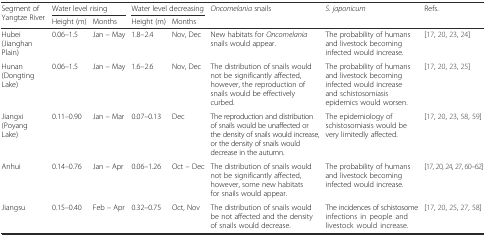
<table><thead><tr><td rowspan="2"><b>Segment of Yangtze River</b></td><td colspan="2"><b>Water level rising</b></td><td colspan="2"><b>Water level decreasing</b></td><td rowspan="2"><b><i>Oncomelania</i> snails</b></td><td rowspan="2"><b><i>S. japonicum</i></b></td><td rowspan="2"><b>Refs.</b></td></tr><tr><td><b>Height (m)</b></td><td><b>Months</b></td><td><b>Height (m)</b></td><td><b>Months</b></td></tr></thead><tbody><tr><td>Hubei (Jianghan Plain)</td><td>0.06–1.5</td><td>Jan – May</td><td>1.8–2.4</td><td>Nov, Dec</td><td>New habitats for <i>Oncomelania</i> snails would appear.</td><td>The probability of humans and livestock becoming infected would increase.</td><td>[17, 20, 23, 24]</td></tr><tr><td>Hunan (Dongting Lake)</td><td>0.06–1.5</td><td>Jan – May</td><td>1.6–2.6</td><td>Nov, Dec</td><td>The distribution of snails would not be significantly affected, however, the reproduction of snails would be effectively curbed.</td><td>The probability of humans and livestock becoming infected would increase and schistosomiasis epidemics would worsen.</td><td>[17, 20, 23, 25]</td></tr><tr><td>Jiangxi (Poyang Lake)</td><td>0.11–0.90</td><td>Jan – Mar</td><td>0.07–0.13</td><td>Dec</td><td>The reproduction and distribution of snails would be unaffected or the density of snails would increase, or the density of snails would decrease in the autumn.</td><td>The epidemiology of schistosomiasis would be very limitedly affected.</td><td>[17, 20, 23, 58, 59]</td></tr><tr><td>Anhui</td><td>0.14–0.76</td><td>Jan – Apr</td><td>0.06–1.26</td><td>Oct – Dec</td><td>The distribution of snails would not be significantly affected, however, some new habitats for snails would appear.</td><td>The probability of humans and livestock becoming infected would increase.</td><td>[17, 20, 24, 27, 60–62]</td></tr><tr><td>Jiangsu</td><td>0.15–0.40</td><td>Feb – Apr</td><td>0.32–0.75</td><td>Oct, Nov</td><td>The distribution of snails would be not affected and the density of snails would decrease.</td><td>The incidences of schistosome infections in people and livestock would increase.</td><td>[17, 20, 25, 27, 58]</td></tr></tbody></table>